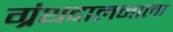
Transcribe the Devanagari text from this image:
ग्रंथदालनाला